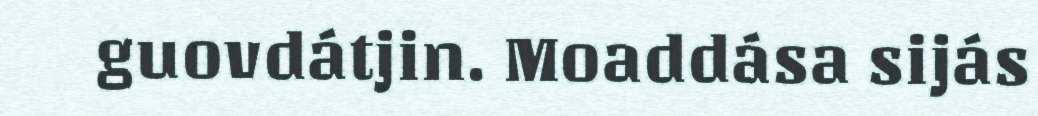
guovdátjin. Moaddása sijás